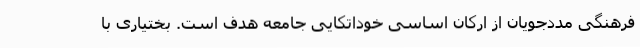
فرهنگی مددجویان از ارکان اساسی خوداتکایی جامعه هدف است. بختیاری با